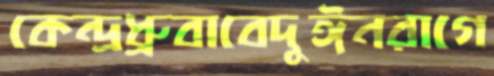
কেন্দ্রধ্রুবাবেদুঈনরাগে